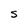
Character: S